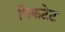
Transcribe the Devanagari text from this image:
पिकटेट